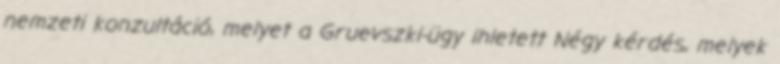
nemzeti konzultáció, melyet a Gruevszki-ügy ihletett Négy kérdés, melyek